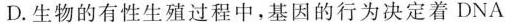
D.生物的有性生殖过程中，基因的行为决定着DNA